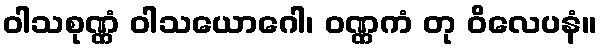
ဝါသစုဏ္ဏံ ဝါသယောဂေါ၊ ဝဏ္ဏကံ တု ဝိလေပနံ။